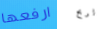
ارفعها لربح